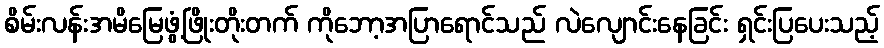
စိမ်းလန်းအမိမြေဖွံ့ဖြိုးတိုးတက် ကိုဘော့အပြာရောင်သည် လဲလျောင်းနေခြင်း ရှင်းပြပေးသည့်